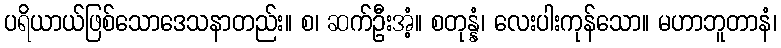
ပရိယာယ်ဖြစ်သောဒေသနာတည်း။ စ၊ ဆက်ဦးအံ့။ စတုန္နံ၊ လေးပါးကုန်သော။ မဟာဘူတာနံ၊